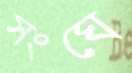
সংঘে